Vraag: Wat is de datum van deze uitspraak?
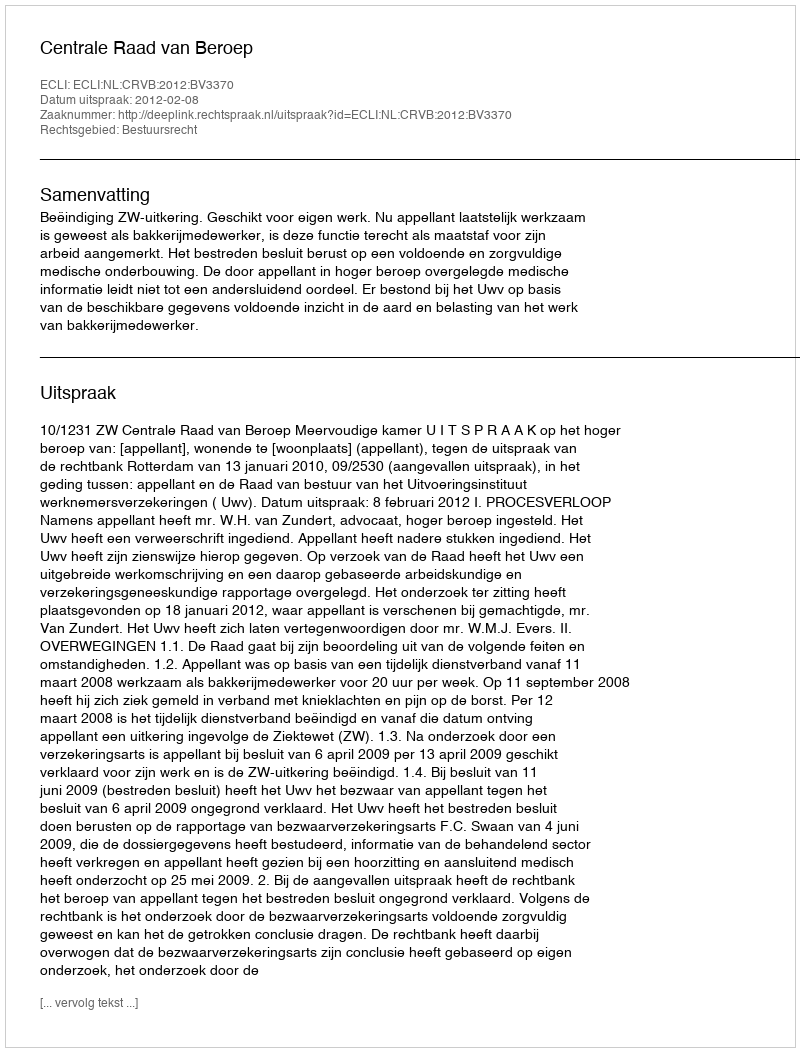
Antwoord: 2012-02-08